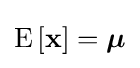
\operatorname {E} \left[\mathbf {x} \right]={\boldsymbol {\mu }}